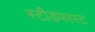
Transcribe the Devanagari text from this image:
स्टीडफास्ट